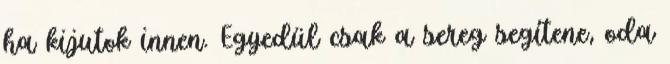
ha kijutok innen. Egyedül csak a sereg segítene, oda